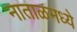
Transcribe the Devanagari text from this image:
नाताळमध्ये